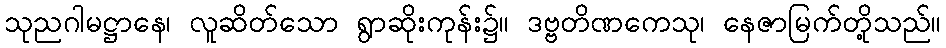
သုညဂါမဋ္ဌာနေ၊ လူဆိတ်သော ရွာဆိုးကုန်း၌။ ဒဗ္ဗတိဏကေသု၊ နေဇာမြက်တို့သည်။